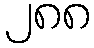
၂၈၈